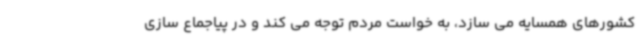
کشورهای همسایه می سازد، به خواست مردم توجه می کند و در پیاجماع سازی